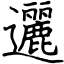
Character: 邐